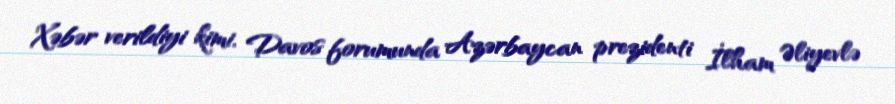
Xəbər verildiyi kimi, Davos forumunda Azərbaycan prezidenti İlham Əliyevlə